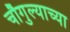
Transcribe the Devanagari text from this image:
चौगुल्याच्या